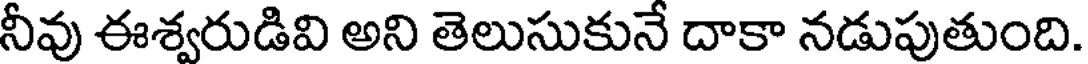
నీవు ఈశ్వరుడివి అని తెలుసుకునే దాకా నడుపుతుంది.